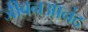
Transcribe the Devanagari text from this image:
जीबनआनंद